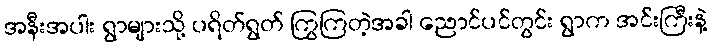
အနီးအပါး ရွာများသို့ ပရိတ်ရွတ် ကြွကြတဲ့အခါ ညောင်ပင်တွင်း ရွာက အင်းကြီးနဲ့